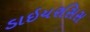
ડાઇયરસિસ